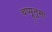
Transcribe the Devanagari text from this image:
चप्पूनुमा